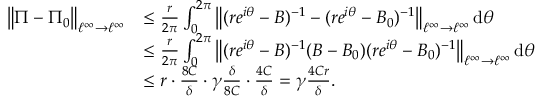
\begin{array} { r l } { \left\lVert \Pi - \Pi _ { 0 } \right\rVert _ { \ell ^ { \infty } \to \ell ^ { \infty } } } & { \le \frac { r } { 2 \pi } \int _ { 0 } ^ { 2 \pi } \left\lVert ( r e ^ { i \theta } - B ) ^ { - 1 } - ( r e ^ { i \theta } - B _ { 0 } ) ^ { - 1 } \right\rVert _ { \ell ^ { \infty } \to \ell ^ { \infty } } \mathrm { d } \theta } \\ & { \le \frac { r } { 2 \pi } \int _ { 0 } ^ { 2 \pi } \left\lVert ( r e ^ { i \theta } - B ) ^ { - 1 } ( B - B _ { 0 } ) ( r e ^ { i \theta } - B _ { 0 } ) ^ { - 1 } \right\rVert _ { \ell ^ { \infty } \to \ell ^ { \infty } } \mathrm { d } \theta } \\ & { \le r \cdot \frac { 8 C } { \delta } \cdot \gamma \frac { \delta } { 8 C } \cdot \frac { 4 C } { \delta } = \gamma \frac { 4 C r } { \delta } . } \end{array}